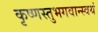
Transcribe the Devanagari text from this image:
कृष्णस्तुभगवान्स्वयं